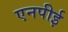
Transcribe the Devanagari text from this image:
एनपीई